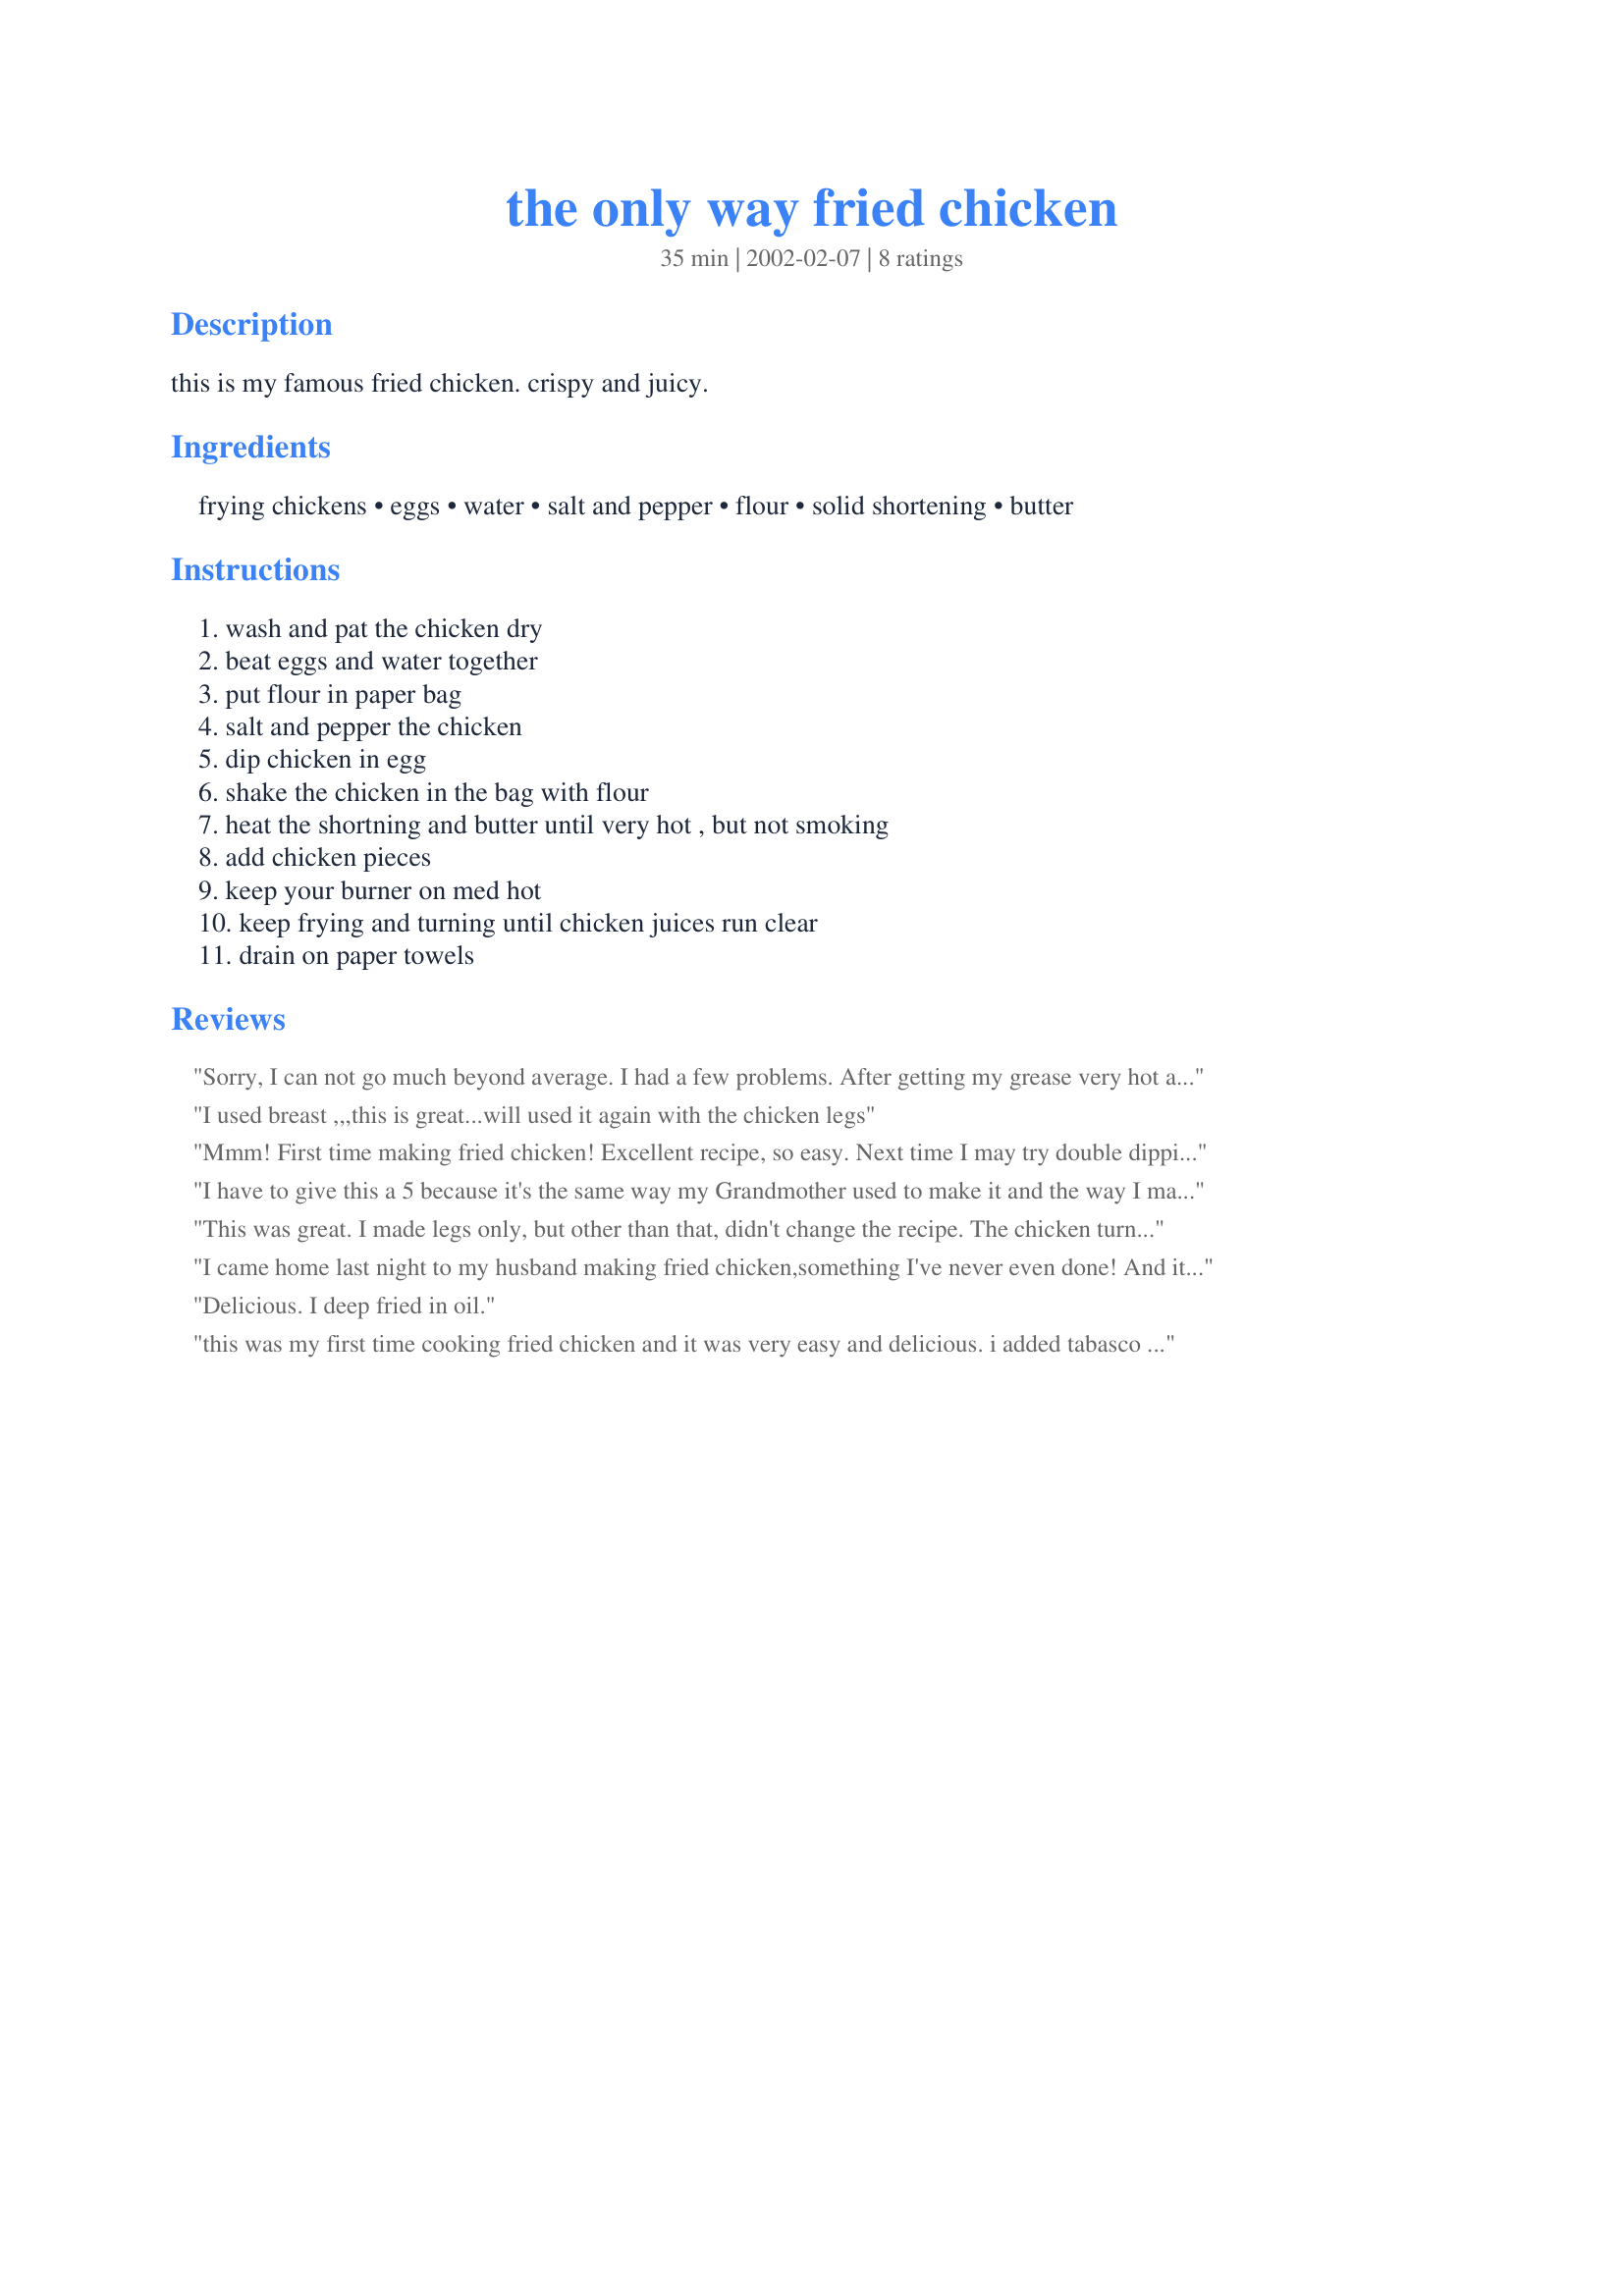
the only way fried chicken
Preparation time: 35 minutes

this is my famous fried chicken. crispy and juicy.

Ingredients:
frying chickens, eggs, water, salt and pepper, flour, solid shortening, butter

Steps:
wash and pat the chicken dry, beat eggs and water together, put flour in paper bag, salt and pepper the chicken, dip chicken in egg, shake the chicken in the bag with flour, heat the shortning and butter until very hot , but not smoking, add chicken pieces, keep your burner on med hot, keep frying and turning until chicken juices run clear, drain on paper towels

Reviews:
Sorry, I can not go much beyond average. I had a few problems. After getting my grease very hot and not smoking I added the chicken and reduced the heat to a medium high like directed. It started to burn. I finally ended up on a medium low setting to finish it out. I was using a cast iron skillet. <br/>The end result was a chicken that was done, crispy and tender. I did not feel the coating had much flavor. The coating did hold togather well.
 I used breast ,,,this is great...will used it again with the chicken legs
Mmm! First time making fried chicken! Excellent recipe, so easy. Next time I may try double dipping with the egg and flour to make it "extra crispy".
I have to give this a 5 because it's the same way my
Grandmother used to make it and the way I make most of my chicken. Easy, simple and soo delicious. 
I was looking for a chicken recipe for Saturday night company of 5 when I saw this and decided I'd 
just fix it my way, now OUR way, and there wasn't an once of chicken left. This is just a "fabulous" recipe.
This was great. I made legs only, but other than that, didn't change the recipe. The chicken turned out crispy and crunchy on the outside, and juicy and delicious on the inside. Thanks for teaching me how to make fried chicken!
I came home last night to my husband making fried chicken,something I've never even done! And it turned out wonderful! This gets high stars for ease of preparation, good flavor, and extreme crispiness. Thanks!
Delicious. I deep fried in oil.
this was my first time cooking fried chicken and it was very easy and delicious. i added tabasco to the egg mixture and old bay seasoning and bread crumbs to the flour mix. it came out crispy, moist, and tasty. i will definitely use this recipe again.
